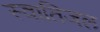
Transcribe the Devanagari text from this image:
स्वातिजल